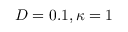
D = 0 . 1 , \kappa = 1